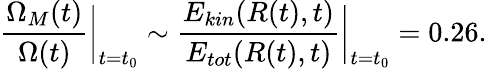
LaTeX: \frac{\Omega_{M}(t)}{\Omega(t)}\bigg|_{t=t_{0}}\sim\frac{E_{kin}(R(t),t)}{E_{tot}(R(t),t)}\bigg|_{t=t_{0}}=0.26.